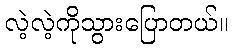
လဲ့လဲ့ကိုသွားပြောတယ်။